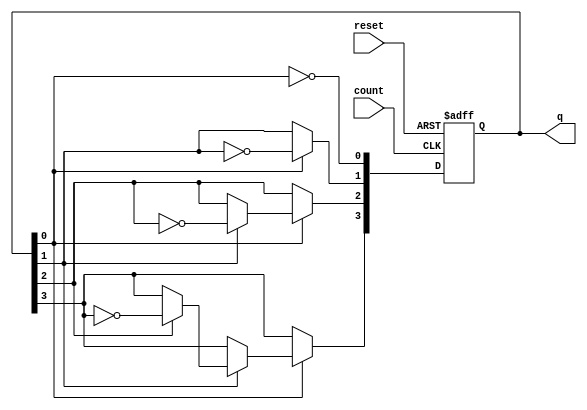
module async_ripple_counter (
    input wire count,        // Count input signal
    input wire reset,        // Asynchronous reset signal
    output reg [N-1:0] q     // Counter output
);
    
    parameter N = 4;         // Number of bits in the counter

    // Define the individual flip-flops using always block
    always @(posedge count or posedge reset) begin
        if (reset) begin
            q <= 0;          // Reset the counter to 0
        end else begin
            q[0] <= ~q[0];   // Toggle the least significant bit
            if (q[0]) begin
                q[1] <= ~q[1]; // Toggle the second flip-flop on the rising edge of q[0]
                if (q[1]) begin
                    q[2] <= ~q[2]; // Toggle the third flip-flop on the rising edge of q[1]
                    if (q[2]) begin
                        q[3] <= ~q[3]; // Toggle the fourth flip-flop on the rising edge of q[2]
                    end
                end
            end
        end
    end

endmodule